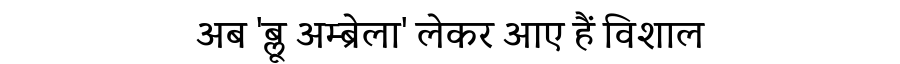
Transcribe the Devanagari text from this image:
अब 'ब्लू अम्ब्रेला' लेकर आए हैं विशाल